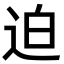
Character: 迫